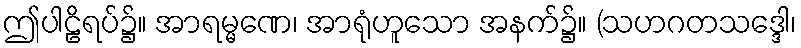
ဤပါဠိရပ်၌။ အာရမ္မဏေ၊ အာရုံဟူသော အနက်၌။ (သဟဂတသဒ္ဒေါ၊